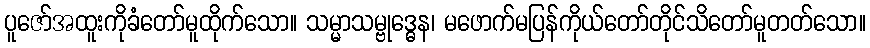
ပူဇော်အထူးကိုခံတော်မူထိုက်သော။ သမ္မာသမ္ဗုဒ္ဓေန၊ မဖောက်မပြန်ကိုယ်တော်တိုင်သိတော်မူတတ်သော။